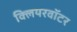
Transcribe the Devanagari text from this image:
क्लियरवॉटर